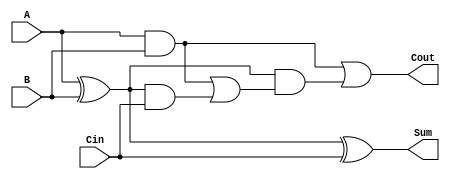
module CarryLookaheadFullAdder (
    input wire A,      // First binary digit
    input wire B,      // Second binary digit
    input wire Cin,    // Carry input from the previous less significant stage
    output wire Sum,   // Resultant binary digit
    output wire Cout   // Carry output to the next more significant stage
);

// Internal signals for Propagate and Generate
wire P; // Propagate
wire G; // Generate
wire C1; // Intermediate carry output

// Calculate Propagate and Generate signals
assign P = A ^ B;      // P = A XOR B
assign G = A & B;      // G = A AND B

// Calculate intermediate carry output
assign C1 = G | (P & Cin); // C1 = G OR (P AND Cin)

// Calculate final Sum output
assign Sum = P ^ Cin;     // Sum = P XOR Cin

// Calculate final Carry output
assign Cout = G | (P & C1); // Cout = G OR (P AND C1)

endmodule